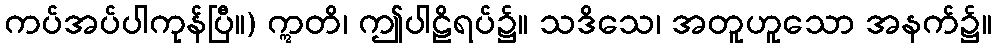
ကပ်အပ်ပါကုန်ပြီ။) ဣတိ၊ ဤပါဠိရပ်၌။ သဒိသေ၊ အတူဟူသော အနက်၌။